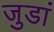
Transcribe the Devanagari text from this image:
जुडां